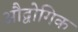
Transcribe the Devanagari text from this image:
औद्वोगिक